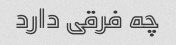
چه فرقی دارد